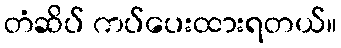
တံဆိပ် ကပ်ပေးထားရတယ်။